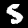
Label: 5